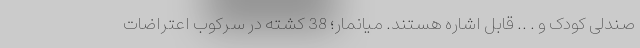
صندلی کودک و . .. قابل اشاره هستند. میانمار؛ 38 کشته در سرکوب اعتراضات